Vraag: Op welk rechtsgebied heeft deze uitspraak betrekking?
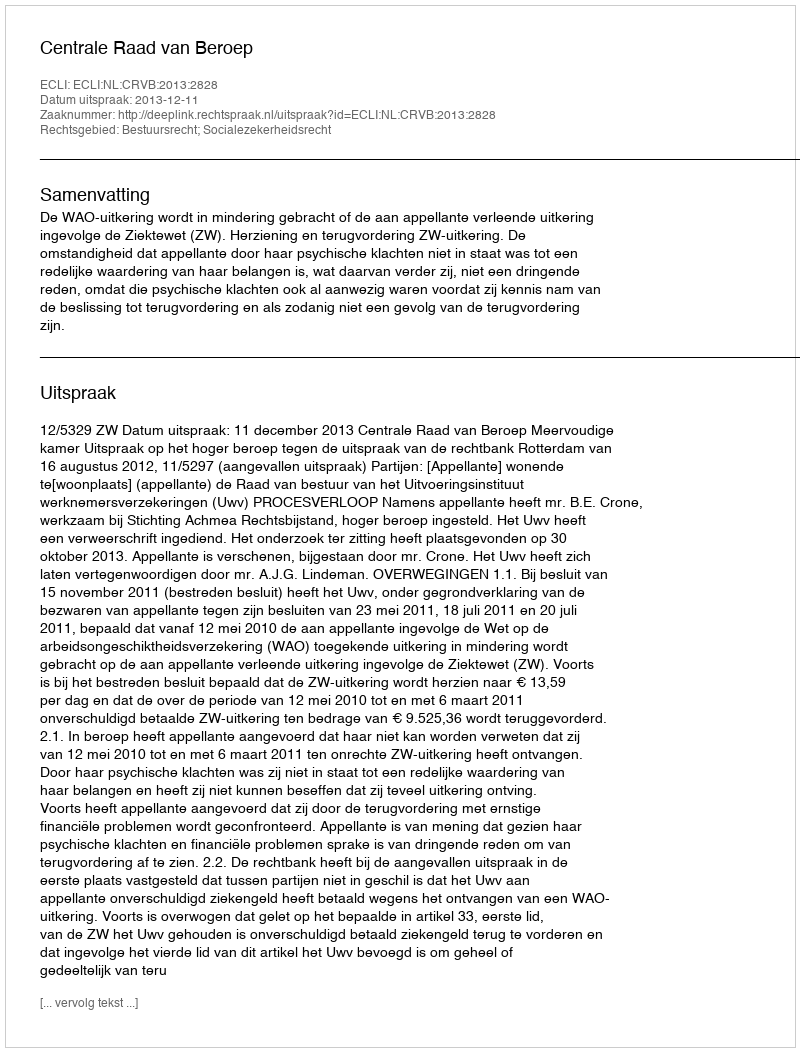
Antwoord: Bestuursrecht; Socialezekerheidsrecht